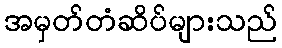
အမှတ်တံဆိပ်များသည်